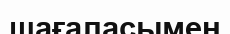
шағаласымен